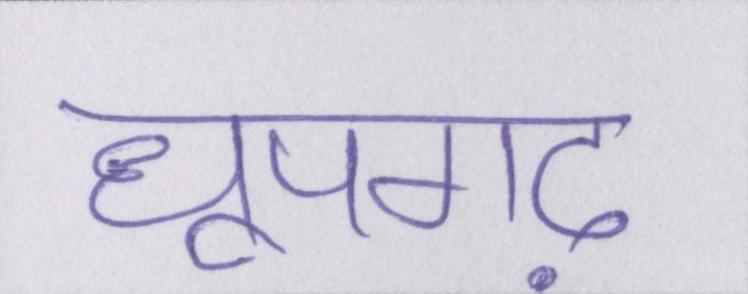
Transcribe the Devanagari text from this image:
धूपगढ़